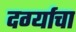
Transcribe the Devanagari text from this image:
दर्ग्याचा